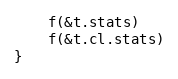
Language: Go
	f(&t.stats)
	f(&t.cl.stats)
}